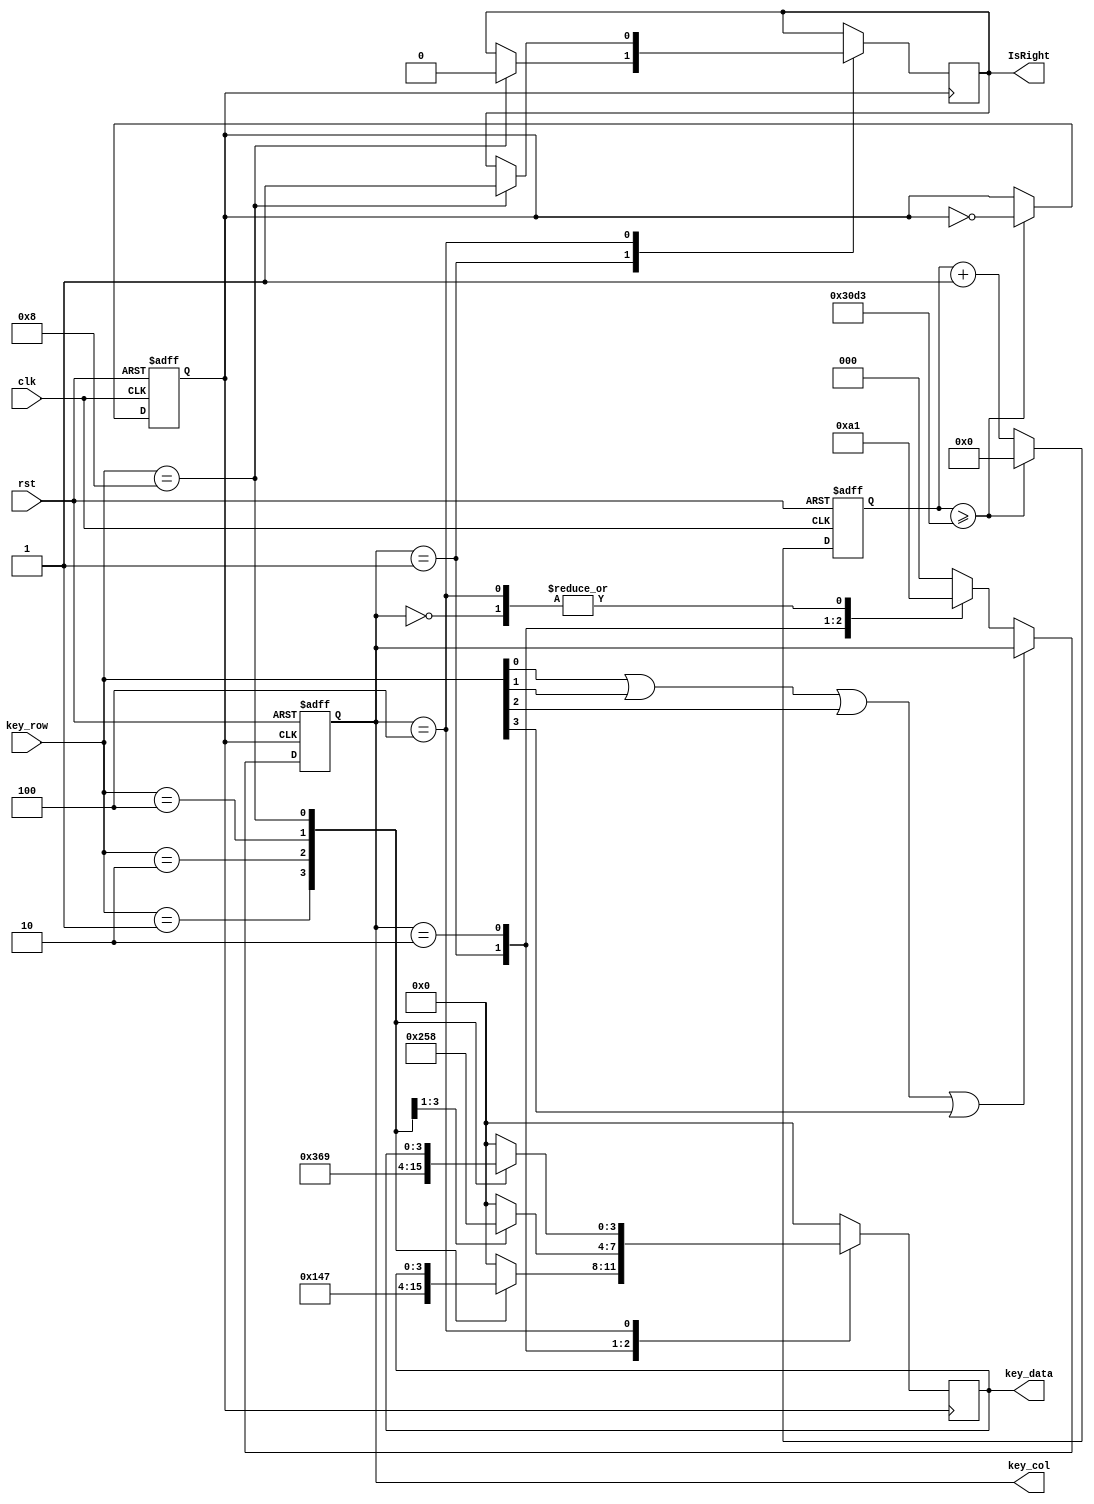


//   


// 2010.11.18
// 4X3 keypad driver
// input : 4 row,
// output : 12 bit, 3 column

module keypad_scan(clk, rst, key_col, key_row, key_data, IsRight);
	input 	clk, rst;
	input	[3:0] 	key_row;
	output	[2:0]	key_col;
	output	[3:0]	key_data;
	output 	IsRight;
	reg	[3:0]	key_data;
	reg	[2:0]	state;
	reg [13:0]  counts;
	reg clk1;
	reg IsRight;
	wire	key_stop;
	// define state of FSM
	parameter no_scan = 3'b000;
	parameter column1 = 3'b001;
	parameter column2 = 3'b010;
	parameter column3 = 3'b100;

	assign key_stop = key_row[0] | key_row[1] | key_row[2] | key_row[3] ;
	assign key_col = state;

	always @(posedge clk or posedge rst)  begin
	  	if(rst) begin counts <= 0; clk1 <= 1; end
		else if (counts >= 12499) begin counts <= 0; clk1 <= !clk1; end
		else counts <= counts +1; end

	// FSM drive
	always @(posedge clk1 or posedge rst)
	begin
		if (rst) state <= no_scan;
		else begin
		  if (!key_stop) begin
		    case (state)
		    no_scan : state <= column1;
		    column1 : state <= column2;
		    column2 : state <= column3;
		    column3 : state <= column1;
		    default : state <= no_scan;
		    endcase
		  end
		end
	end
	// key_data
	always @ (posedge clk1) begin
	case (state)
	  column1 : case (key_row)
	  	4'b0001 : key_data <= 1; // key_1
	  	4'b0010 : key_data <= 4; // key_4
	  	4'b0100 : key_data <= 7; // key_7
	  	4'b1000 : IsRight <= 0; // key_*
	  	default : key_data <= 0;
	  	endcase
	  column2 : case (key_row)
	  	4'b0001 : key_data <= 2; // key_2
	  	4'b0010 : key_data <= 5; // key_5
	  	4'b0100 : key_data <= 8; // key_8
	  	4'b1000 : key_data <= 0; // key_0 :  
	  	default : key_data <= 0;
	  	endcase
	  column3 : case (key_row)
	  	4'b0001 : key_data <= 3; // key_3
	  	4'b0010 : key_data <= 6; // key_6
	  	4'b0100 : key_data <= 9; // key_9
	  	4'b1000 : IsRight <= 1; // key_#
	  	default : key_data <= 0;
	  	endcase
	  default : key_data <= 0;
	endcase
	end
endmodule